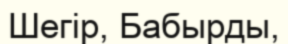
Шегір, Бабырды,